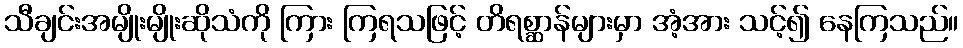
သီချင်းအမျိုးမျိုးဆိုသံကို ကြား ကြရသဖြင့် တိရစ္ဆာန်များမှာ အံ့အား သင့်၍ နေကြသည်။